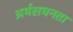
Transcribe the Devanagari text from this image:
अर्थसघनता